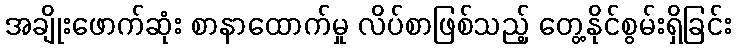
အချိုးဖောက်ဆုံး စာနာထောက်မှု လိပ်စာဖြစ်သည့် တွေ့နိုင်စွမ်းရှိခြင်း